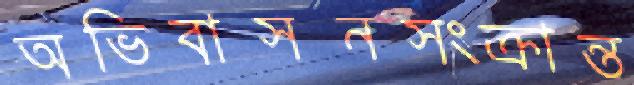
অভিবাসনসংক্রান্ত